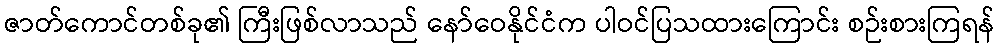
ဇာတ်ကောင်တစ်ခု၏ ကြီးဖြစ်လာသည် နော်ဝေနိုင်ငံက ပါဝင်ပြသထားကြောင်း စဉ်းစားကြရန်